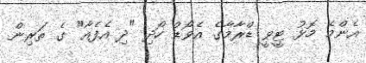
އެންމެ މޮޅު ޓީވީ ޑްރާމާގެ އެވޯޑް ހޯދި "ދި އެފެއާ" ގެ ތަރިން